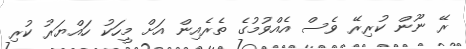
ރޭ ނޫން ކުރިރޭ ވެސް އެއްވުމުގެ ތެރެއިން އަށް މީހަކު ހައްޔަރު ކުރި